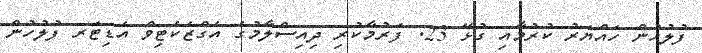
ފުލުހުން ހައްޔަރު ކުރުމާއި ގުޅޭ 23. ފަރުމާކުރި ދިއިސްލާމުގެ އެގްޒެކެޓިވް އެޑިޓަރ ފުލުހުން